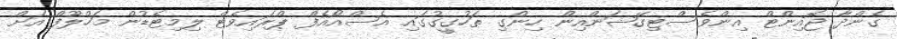
ގެންދާ ޖޮއިންޓް އިންވެސްޓިގޭޝަންއިން ހިންގި ތަހުގީގުގައި އެސްއޯއެފް ޕްރައިވެޓް ލިމިޓެޑުން މަހްލޫފް އަށް